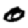
Digit: 0